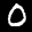
Label: 0